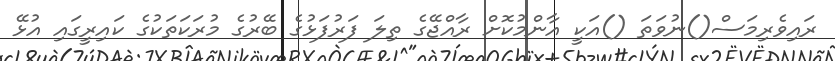
ރައިވެރިމަސް()ނުވަތަ ()އަކީ އާންމުކޮށް ރާއްޖޭގެ ތިލަ ފަރުފަޅުގެ ބޭރުގެ މުރަކަތަކުގެ ކައިރީގައި އުޅޭ